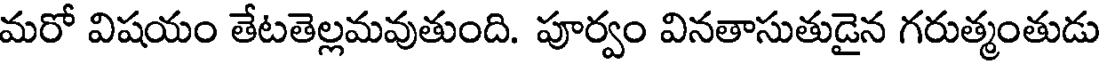
మరో విషయం తేటతెల్లమవుతుంది. పూర్వం వినతాసుతుడైన గరుత్మంతుడు